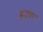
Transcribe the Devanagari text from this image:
ग्लुट्यर